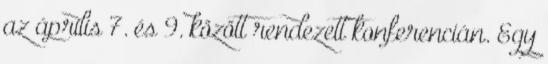
az április 7. és 9. között rendezett konferencián. Egy